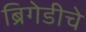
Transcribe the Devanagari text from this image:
ब्रिगेडीचे